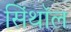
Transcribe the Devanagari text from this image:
सिंथॉल